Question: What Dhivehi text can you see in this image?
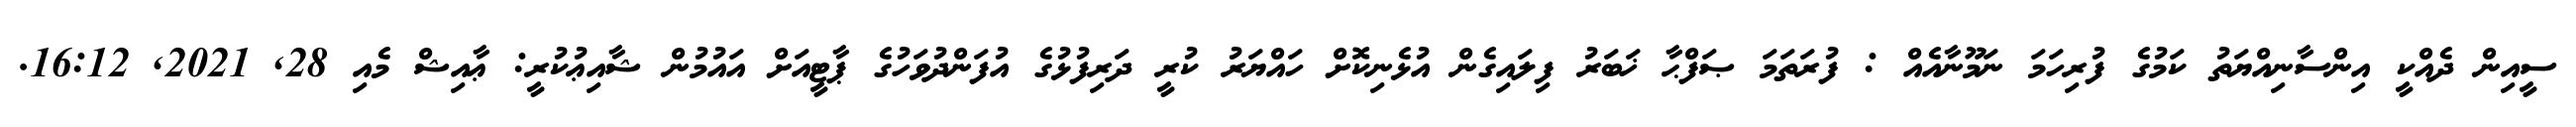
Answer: ސީއިން ދެއްކީ އިންސާނިއްޔަތު ކަމުގެ ފުރިހަމަ ނަމޫނާއެއް : ފުރަތަމަ ޞަފްޙާ ޚަބަރު ފިލައިގެން އުޅެނިކޮށް ހައްޔަރު ކުރީ ދަރިފުޅުގެ އުފަންދުވަހުގެ ޕާޓީއަށް އައުމުން ޝާއިޢުކުރީ: ޢާއިޝް މެއި 28, 2021, 16:12.